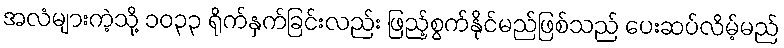
အလံများကဲ့သို့ ၁၀၃၃ ရိုက်နှက်ခြင်းလည်း ဖြည့်စွက်နိုင်မည်ဖြစ်သည် ပေးဆပ်လိမ့်မည်